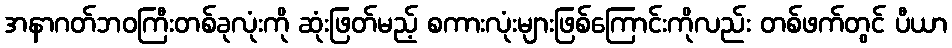
အနာဂတ်ဘဝကြီးတစ်ခုလုံးကို ဆုံးဖြတ်မည့် စကားလုံးများဖြစ်ကြောင်းကိုလည်း တစ်ဖက်တွင် ပီယာ